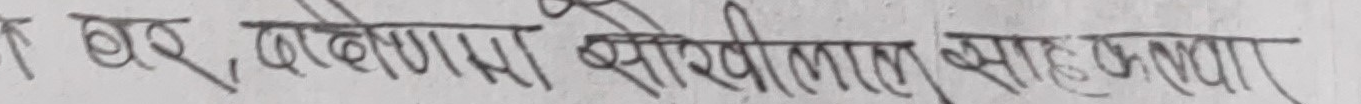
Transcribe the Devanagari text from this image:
घर, कलेजा बोरीलाल साइठाणा